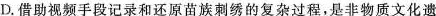
D.借助视频手段记录和还原苗族刺绣的复杂过程，是非物质文化遗